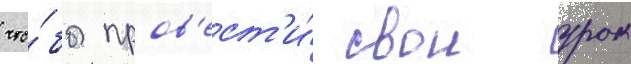
что́бы пров'ест'и́ свои урок